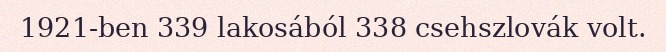
1921-ben 339 lakosából 338 csehszlovák volt.